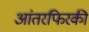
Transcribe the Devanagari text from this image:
आंतरफिरकी